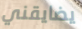
يضايقني